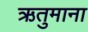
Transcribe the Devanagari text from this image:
ऋतुमाना